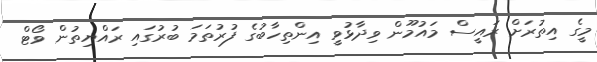
މީގެ އިތުރަށް ރައީސް މައުމޫން ވިދާޅުވީ އިންތިހާބުގެ ފުރުތަމަ ބުރުގައި ރައްޔިތުން ވޯޓް